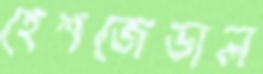
হেশজেডাল